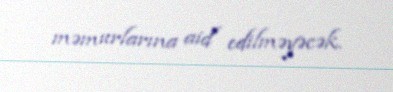
məmurlarına aid edilməyəcək.